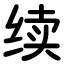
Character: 续